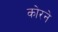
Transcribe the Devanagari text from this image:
कोरने